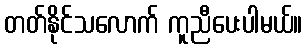
တတ်နိုင်သလောက် ကူညီပေးပါမယ်။